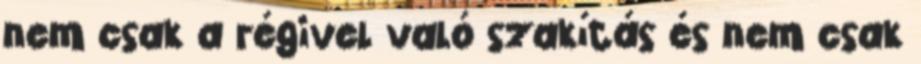
nem csak a régivel való szakítás és nem csak